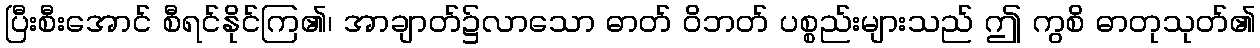
ပြီးစီးအောင် စီရင်နိုင်ကြ၏၊ အာချာတ်၌လာသော ဓာတ် ဝိဘတ် ပစ္စည်းများသည် ဤ ကွစိ ဓာတုသုတ်၏